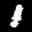
Label: 1